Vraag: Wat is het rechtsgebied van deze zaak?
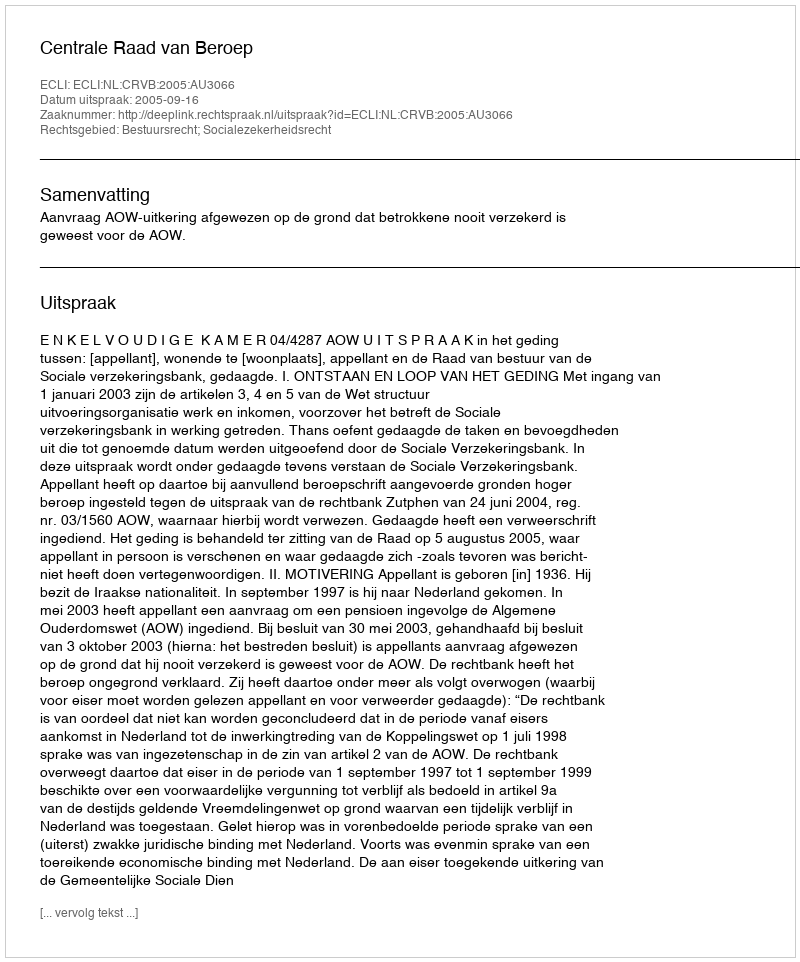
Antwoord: Bestuursrecht; Socialezekerheidsrecht